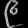
Digit: ၉